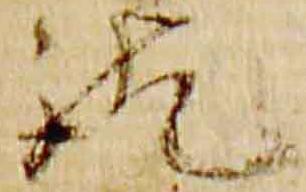
訖